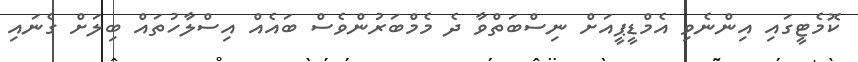
ކޮމެޓީގައި އިންނެވި އެމްޑީޕީއަށް ނިސްބަތްވާ ދެ މެމްބަރުންވެސް ބައެއް އިސްލާހުތައް ބިލަށް ގެނައި